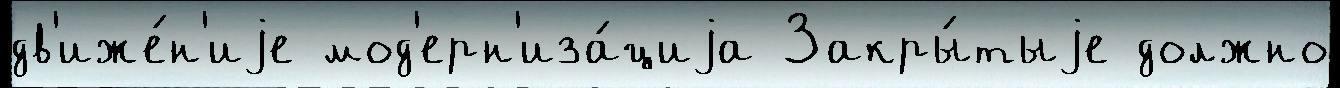
дв'иже́н'иjе мод'ерн'иза́циjа Закры́тыjе должно